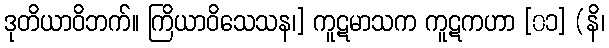
ဒုတိယာဝိဘက်။ ကြိယာဝိသေသန၊] ကူဋမာသက ကူဋကဟာ [၀၁] (နိ၊